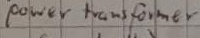
Text: power transformer